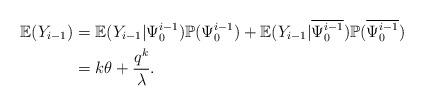
LaTeX: \begin{align*} \mathbb{E}(Y_{i-1}) &= \mathbb{E}(Y_{i-1}|\Psi_0^{i-1})\mathbb{P}(\Psi_0^{i-1})+\mathbb{E}(Y_{i-1}|\overline{\Psi_0^{i-1}})\mathbb{P}(\overline{\Psi_0^{i-1}})\\ &= k\theta + \frac{q^k}{\lambda}. \end{align*}